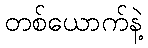
တစ်ယောက်နဲ့